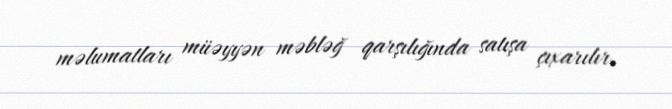
məlumatları müəyyən məbləğ qarşılığında satışa çıxarılır.